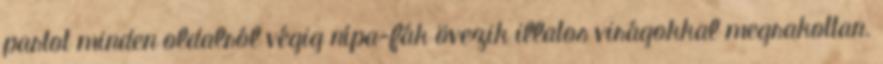
partot minden oldalról végig nípa-fák övezik illatos virágokkal megrakottan.